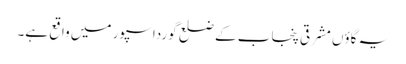
یہ گاؤں مشرقی پنجاب کے ضلع گورداسپور میں واقع ہے۔